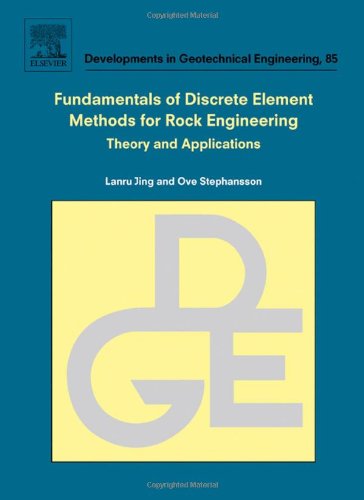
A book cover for Fundamentals of Discrete Element Methods for Rock Engineering: Theory and Applications, Volume 85 (Developments in Geotechnical Engineering); Lanru Jing; Science & Math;